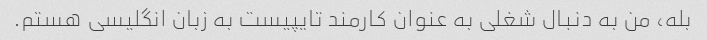
بله، من به دنبال شغلی به عنوان کارمند تایپیست به زبان انگلیسی هستم.